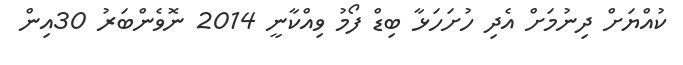
ކުއްޔަށް ދިނުމަށް އެދި ހުށަހަޅާ ބިޑް ފޯމު ވިއްކާނީ 2014 ނޮވެންބަރު 30އިން